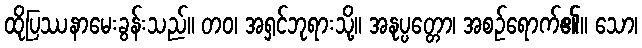
ထိုပြဿနာမေးခွန်းသည်။ တဝ၊ အရှင်ဘုရားသို့။ အနုပ္ပတ္တော၊ အစဉ်ရောက်၏။ သော၊